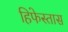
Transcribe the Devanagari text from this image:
हिफेस्तास